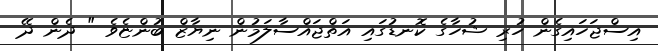
އިސްޖަހައިގެން ހުރި ޝުހާގެ ކޮނޑުގައި އަތްޖައްސާލަމުން ނިޔާޒް ބުންޏެވެ " ދެން ދޭ